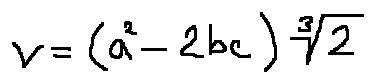
v = ( a ^ { 2 } - 2 b c ) \sqrt [ 3 ] { 2 }